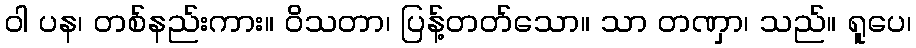
ဝါ ပန၊ တစ်နည်းကား။ ဝိသတာ၊ ပြန့်တတ်သော။ သာ တဏှာ၊ သည်။ ရူပေ၊